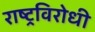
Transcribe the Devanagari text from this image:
राष्‍ट्रविरोधी